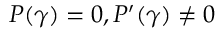
P ( \gamma ) = 0 , P ^ { \prime } ( \gamma ) \neq 0